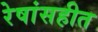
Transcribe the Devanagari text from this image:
रेषांसहीत